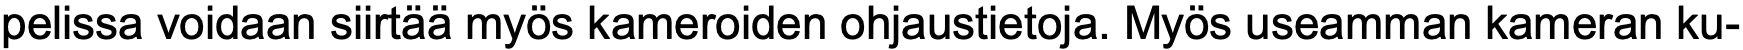
pelissa voidaan siirtää myös kameroiden ohjaustietoja. Myös useamman kameran ku-